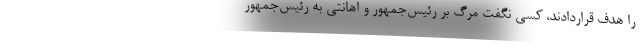
را هدف قراردادند، کسی نگفت مرگ بر رئیس‌جمهور و اهانتی به رئیس‌جمهور